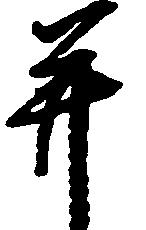
并